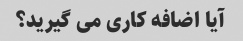
آیا اضافه کاری می گیرید؟